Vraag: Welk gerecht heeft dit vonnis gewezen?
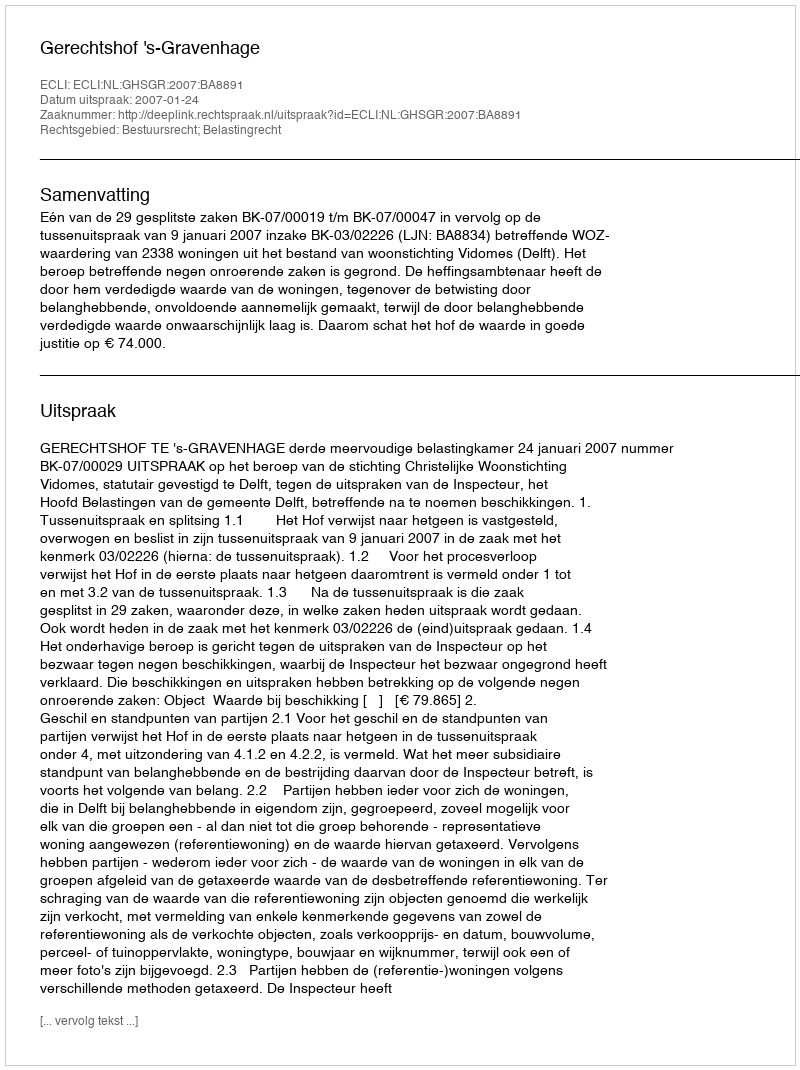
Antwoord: Gerechtshof 's-Gravenhage